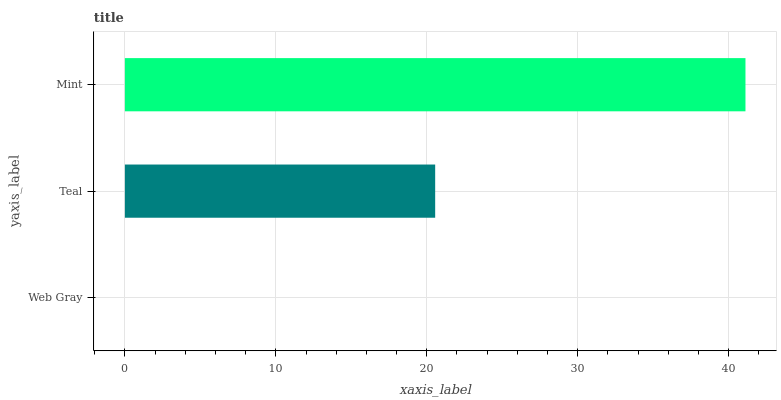
| yaxis_label | bars |
 | --- | --- |
 | Web Gray | 0 |
 | Teal | 20.6 |
 | Mint | 41.1 |